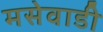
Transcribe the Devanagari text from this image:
मसेवाडी